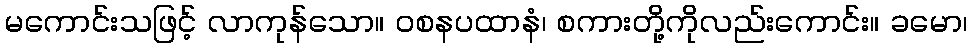
မကောင်းသဖြင့် လာကုန်သော။ ဝစနပထာနံ၊ စကားတို့ကိုလည်းကောင်း။ ခမော၊